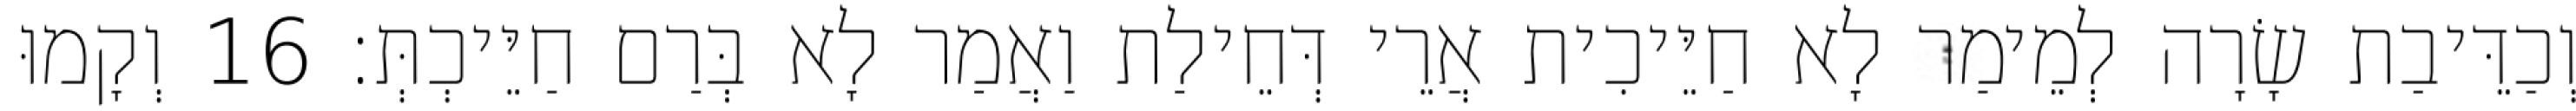
וְכַדֵּיבַת שָׂרָה לְמֵימַר לָא חַיֵּיכִית אֲרֵי דְּחֵילַת וַאֲמַר לָא בְּרַם חַיֵּיכְתְּ׃ 16 וְקָמוּ